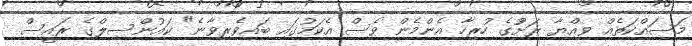
މަސައްކަތެއް ވިއްޔާ ރަށުުގެ ހުރިހާ އެންމެން ވެސް އެކަމުގައި ބައިވެރިވާނެ" ކައުންސިލްގެ ރައީސް